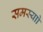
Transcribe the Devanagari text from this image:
समस्याो